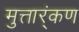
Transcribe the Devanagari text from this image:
मुत्तार्ंकण